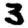
Digit: 3